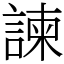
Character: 諫